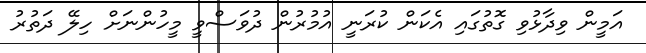
އަމީން ވިދާޅުވި ގޮތުގައި އެކަން ކުރަނީ އުމުރުން ދުވަސްވީ މީހުންނަށް ހިލޭ ދަތުރު